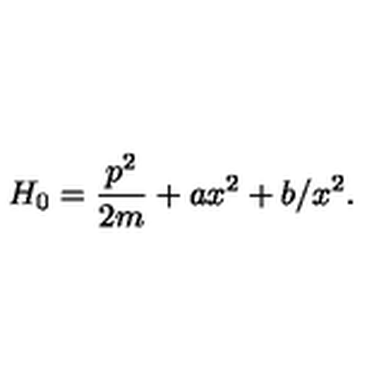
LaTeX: H _ { 0 } = \frac { p ^ { 2 } } { 2 m } + a x ^ { 2 } + b / x ^ { 2 } .